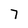
Character: 7